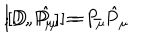
[ D , P _ { \mu } ] = P _ { \mu } \hspace { . 5 c m } ; \hspace { . 5 c m } [ D , { \hat { P } } _ { \mu } ] = - { \hat { P } } _ { \mu }